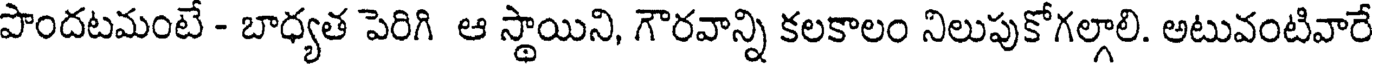
పొందటమంటే - బాధ్యత పెరిగి ఆ స్థాయిని, గౌరవాన్ని కలకాలం నిలుపుకోగల్గాలి. అటువంటివారే